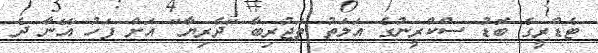
ޓެޑްރީގެ ބޮޑު ސްކްރީނުގެ އަލަތު ތަޖުރިބާ "ދެރިޔާ" އަށް ފަހު އޭނާ ދެ